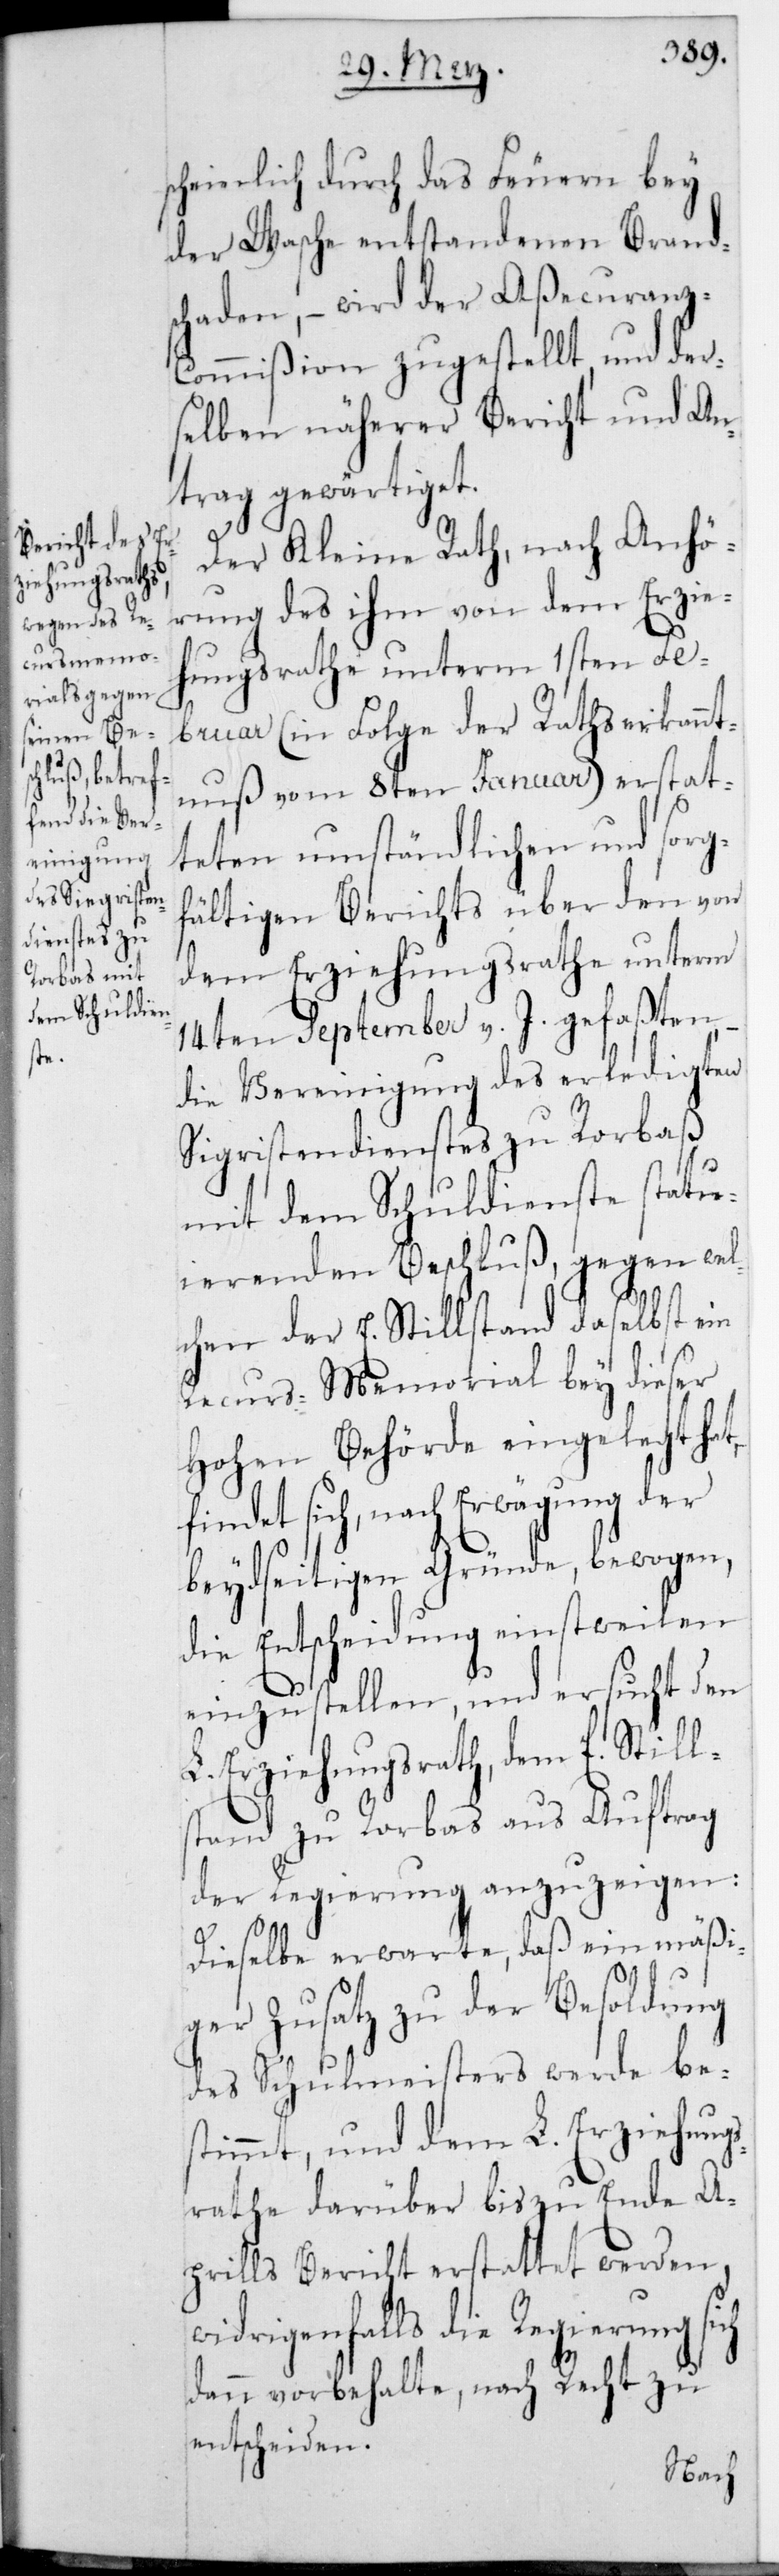
scheinlich durch das Feuern bey
der Wasche entstandenen Brands¬
chaden, – wird der Aßecuran¬
z-Commißion zugestellt, und der¬
selben näherer Bericht und An¬
trag gewärtiget.
Der Kleine Rath, nach Anhö¬
rung des ihm von dem Erzie¬
hungsrathe unterm 1sten Fe¬
bruar (in Folge Rathserkannt¬
nuß vom 8ten Januar) erstat¬
teten umständlichen und sorg¬
fältigen Berichts über den von
dem Erziehungsrathe unterm
14ten September v. J. gefaßten,
die Vereinigung des erledigten
Sigristendienstes zu Rorbas
mit dem Schuldienste statu¬
ierenden Beschluß, gegen wel¬
chen der E. Stillstand daselbst ein
Recursmemorial bey dieser
Hohen Behörde eingelegt hat,
findet sich, nach Erwägung der
beydseitigen Gründe bewogen,
die Entscheidung einstweilen
einzustellen, und ersucht den
L. Erziehungsrath, dem E. Still¬
stand zu Rorbas aus Auftrag
der Regierung anzuzeigen:
Dieselbe erwarte, daß ein mäßi¬
ger Zusatz zu der Besoldung
des Schulmeisters werde be¬
stimmt, und dem L. Erziehung¬
srathe darüber bis zu Ende A¬
prils Bericht erstattet werden,
widrigenfalls die Regierung
dann vorbehalte, nach Recht zu
entscheiden.